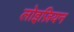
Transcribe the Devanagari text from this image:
लोइज़ियन